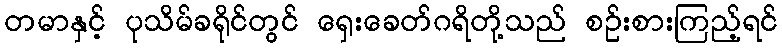
တမာနှင့် ပုသိမ်ခရိုင်တွင် ရှေးခေတ်ဂရိတို့သည် စဉ်းစားကြည့်ရင်